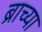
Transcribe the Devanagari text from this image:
ब्राच्या